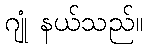
ဂျုံ နယ်သည်။